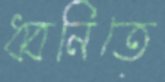
ধ্বনিতে